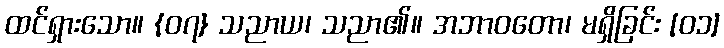
ထင်ရှားသော။ {၀၇} သညာယ၊ သညာ၏။ အဘာဝတော၊ မရှိခြင်း [၀၁]